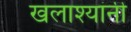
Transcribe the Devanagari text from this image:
खलाश्यांनी